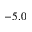
- 5 . 0